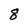
Character: g